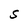
Character: S